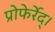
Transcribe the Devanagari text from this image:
प्रोफेर्रेद्।